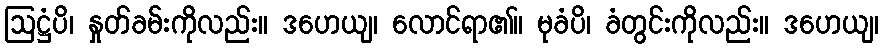
ဩဋ္ဌံပိ၊ နှုတ်ခမ်းကိုလည်း။ ဒဟေယျ၊ လောင်ရာ၏။ မုခံပိ၊ ခံတွင်းကိုလည်း။ ဒဟေယျ၊